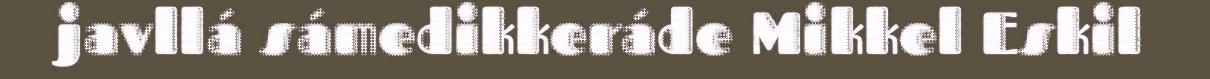
javllá sámedikkeráde Mikkel Eskil